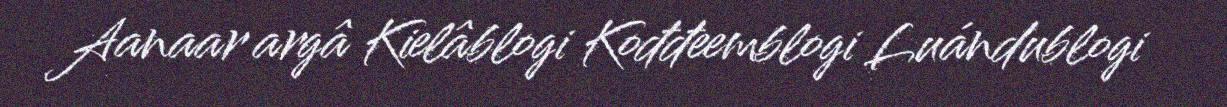
Aanaar argâ Kielâblogi Kođđeemblogi Luándublogi